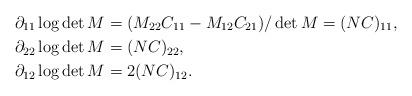
LaTeX: \begin{align*}\partial_{11}\log\det M&=(M_{22}C_{11}-M_{12}C_{21})/\det M=(NC)_{11},\\\partial_{22}\log\det M &=(NC)_{22},\\\partial_{12}\log\det M&=2(NC)_{12}.\end{align*}